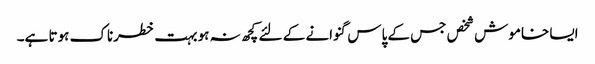
ایسا خاموش شخص جس کے پاس گنوانے کے لئے کچھ نہ ہو بہت خطرناک ہوتا ہے۔